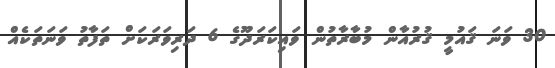
30 ވަނަ ޤައުމީ ޤުރުއާން މުބާރާތުން ވައިކަރަދޫގެ 6 ދަރިވަރަކަށް ތަފާތު ވަނަތަކެއް